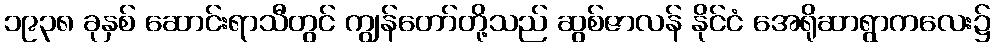
၁၉၃၈ ခုနှစ် ဆောင်းရာသီတွင် ကျွန်တော်တို့သည် ဆွစ်ဇာလန် နိုင်ငံ အေရိုဆာရွာကလေး၌